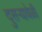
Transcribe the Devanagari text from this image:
दुसर्‍यावेळी